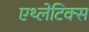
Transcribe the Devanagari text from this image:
एथ्लेटिक्स